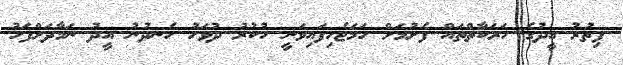
ފިތުރު އީދުގެ ހަރަކާތްތައް ފެށުމަށް ހަމަޖެހިފައިވަނީ ހުކުރު ދުވަހު ހެނދުނު އީދު ނަމާދަށްފަހު